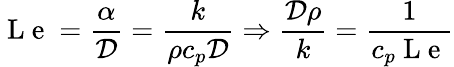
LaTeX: \mathrm{~L~e~}=\frac{\alpha}{\mathcal{D}}=\frac{k}{\rho c_{p}\mathcal{D}}\Rightarrow\frac{\mathcal{D}\rho}{k}=\frac{1}{c_{p}\mathrm{~L~e~}}